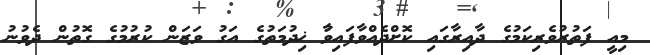
މިއީ ފަތުރުވެރިކަމުގެ ދާއިރާގައި ކޮށްދެއްވާފައިވާު ޚިދުމަތުގެ އަގު ވަޒަން ކުރުމުގެ ގޮތުން ދެވުނު